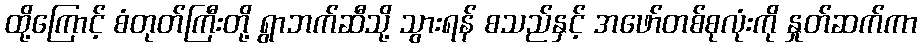
ထို့ကြောင့် စံတုတ်ကြီးတို့ ရွာဘက်ဆီသို့ သွားရန် စသည်နှင့် အဖော်တစ်စုလုံးကို နှုတ်ဆက်ကာ